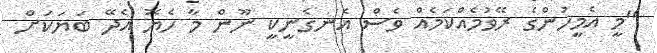
''މީ އެމީހުންގެ ރޭވުމެއްކަމެއް ވެސް އެނގެނީކީ ނޫން މާ ހެޔޮ އެދޭ ބަޔަކަށް